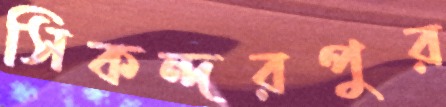
সিকন্দরপুর